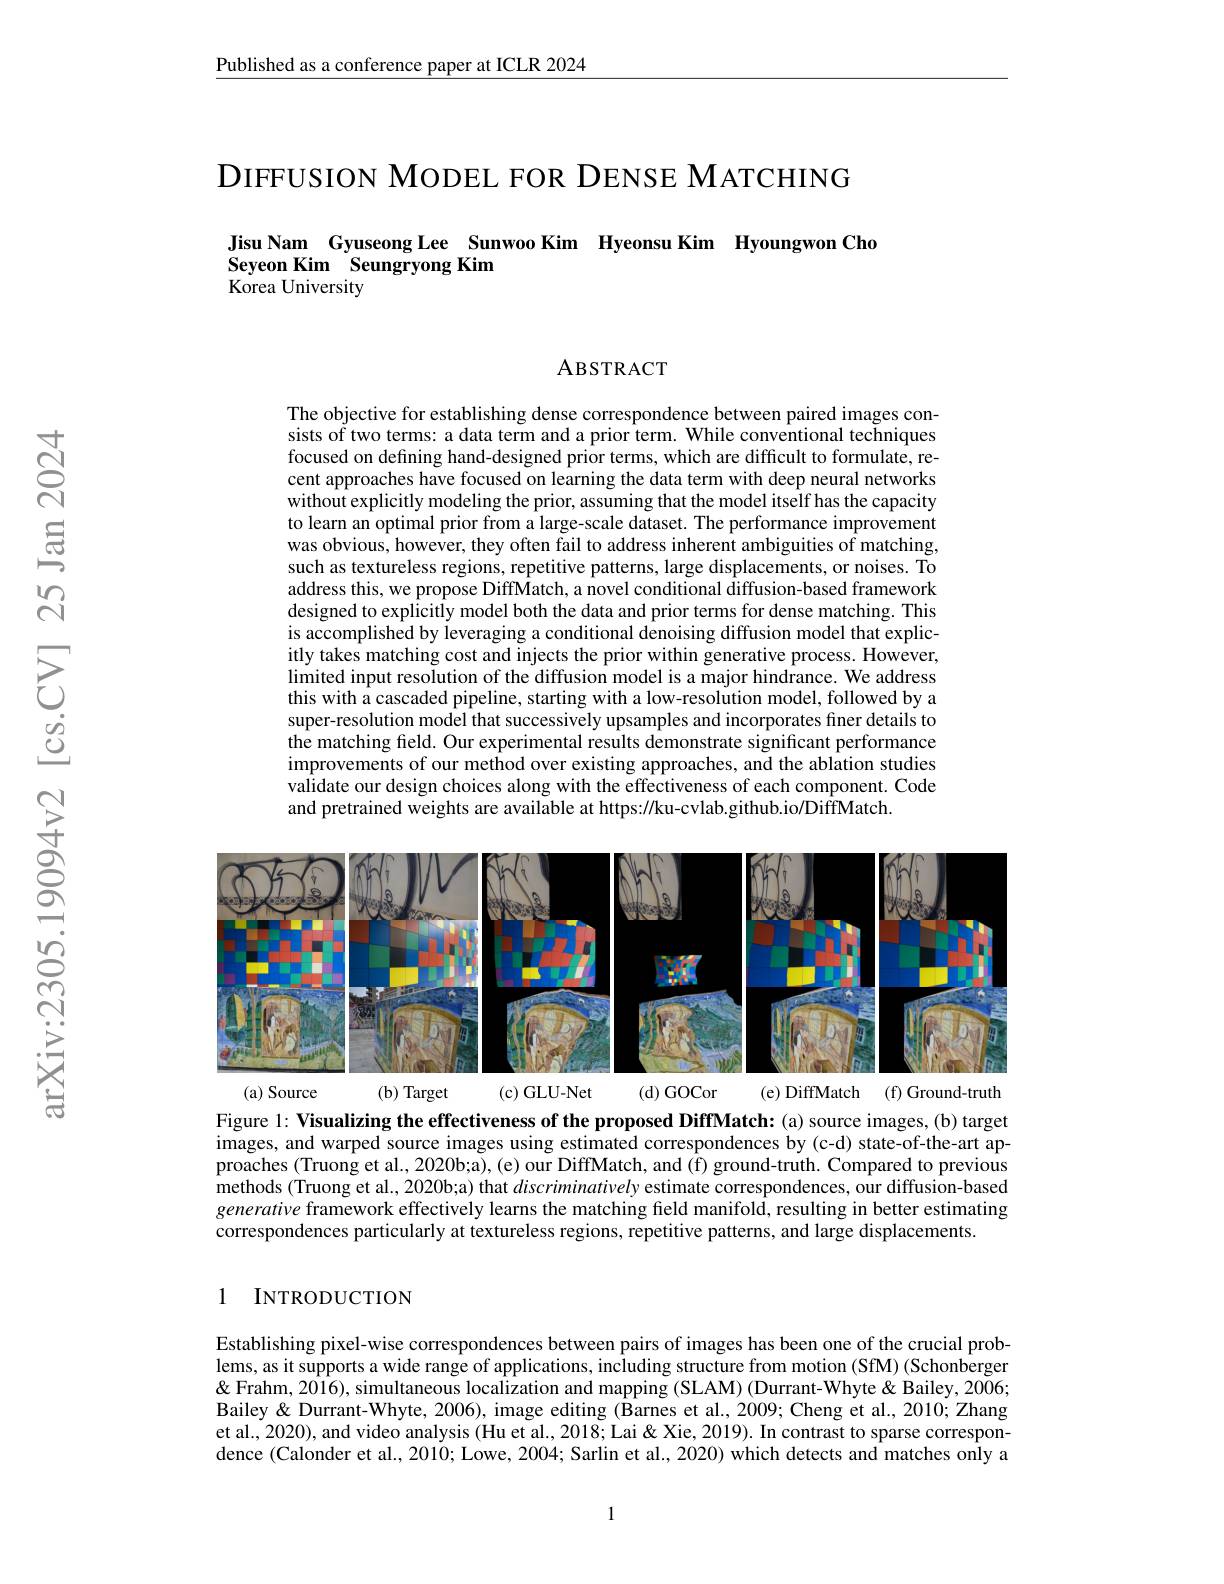
$\underline{\text{Published as a conference paper at ICLR 2024}}$

DIFFUSION MODEL FOR DENSE MATCHING

## Jisu Nam Gyuseong Lee Sunwoo Kim Hyeonsu Kim Hyoungwon Cho Seyeon Kim Seungryong Kim Korea University

ABSTRACT

The objective for establishing dense correspondence between paired images consists of two terms: a data term and a prior term. While conventional techniques focused on defining hand-designed prior terms, which are difficult to formulate, recent approaches have focused on learning the data term with deep neural networks without explicitly modeling the prior, assuming that the model itself has the capacity to learn an optimal prior from a large-scale dataset. The performance improvement was obvious, however, they often fail to address inherent ambiguities of matching, such as textureless regions, repetitive patterns, large displacements, or noises. To address this, we propose DiffMatch, a novel conditional diffusion-based framework designed to explicitly model both the data and prior terms for dense matching. This is accomplished by leveraging a conditional denoising diffusion model that explicitly takes matching cost and injects the prior within generative process. However, $\dot{\text{limited input resolution of the diffusion model is a major hindrance. We address}}$ this with a cascaded pipeline, starting with a low-resolution model, followed by a super-resolution model that successively upsamples and incorporates finer details to the matching field. Our experimental results demonstrate significant performance improvements of our method over existing approaches, and the ablation studies $\hat{\text{validate our design choices along with the effectiveness of each component. Code}}$ and pretrained weights are available at https://ku-cvlab.github.io/DiffMatch.

<FigureHere>
(a) Source
(b) Target
(c) GLU-Net
(d) GOCor
(e) DiffMatch (f) Ground-truth

Figure 1: Visualizing the effectiveness of the proposed DiffMatch: (a) source images, (b) target images, and warped source images using estimated correspondences by (c-d) state-of-the-art ap-

proaches (Truong et al., 2020b;a), (e) our DiffMatch, and (f) ground-truth. Compared to previous $\hat{\text{methods (Truong et al., 2020b;a) that }discriminatively\text{ estimate correspondences, our diffusion-based}}$ generative framework effectively learns the matching field manifold, resulting in better estimating correspondences particularly at textureless regions, repetitive patterns, and large displacements.

1 INTRODUCTION

Establishing pixel-wise correspondences between pairs of images has been one of the crucial problems, as it supports a wide range of applications, including structure from motion (SfM) (Schonberger & Frahm, 2016), simultaneous localization and mapping (SLAM) (Durrant-Whyte & Bailey, 2006; Bailey& Durrant-Whyte, 2006), image editing (Barnes et al., 2009; Cheng et al., 2010; Zhang et al., 2020), and video analysis (Hu et al., 2018; Lai & Xie, 2019). In contrast to sparse correspondence (Calonder et al., 2010; Lowe, 2004; Sarlin et al., 2020) which detects and matches only a

1